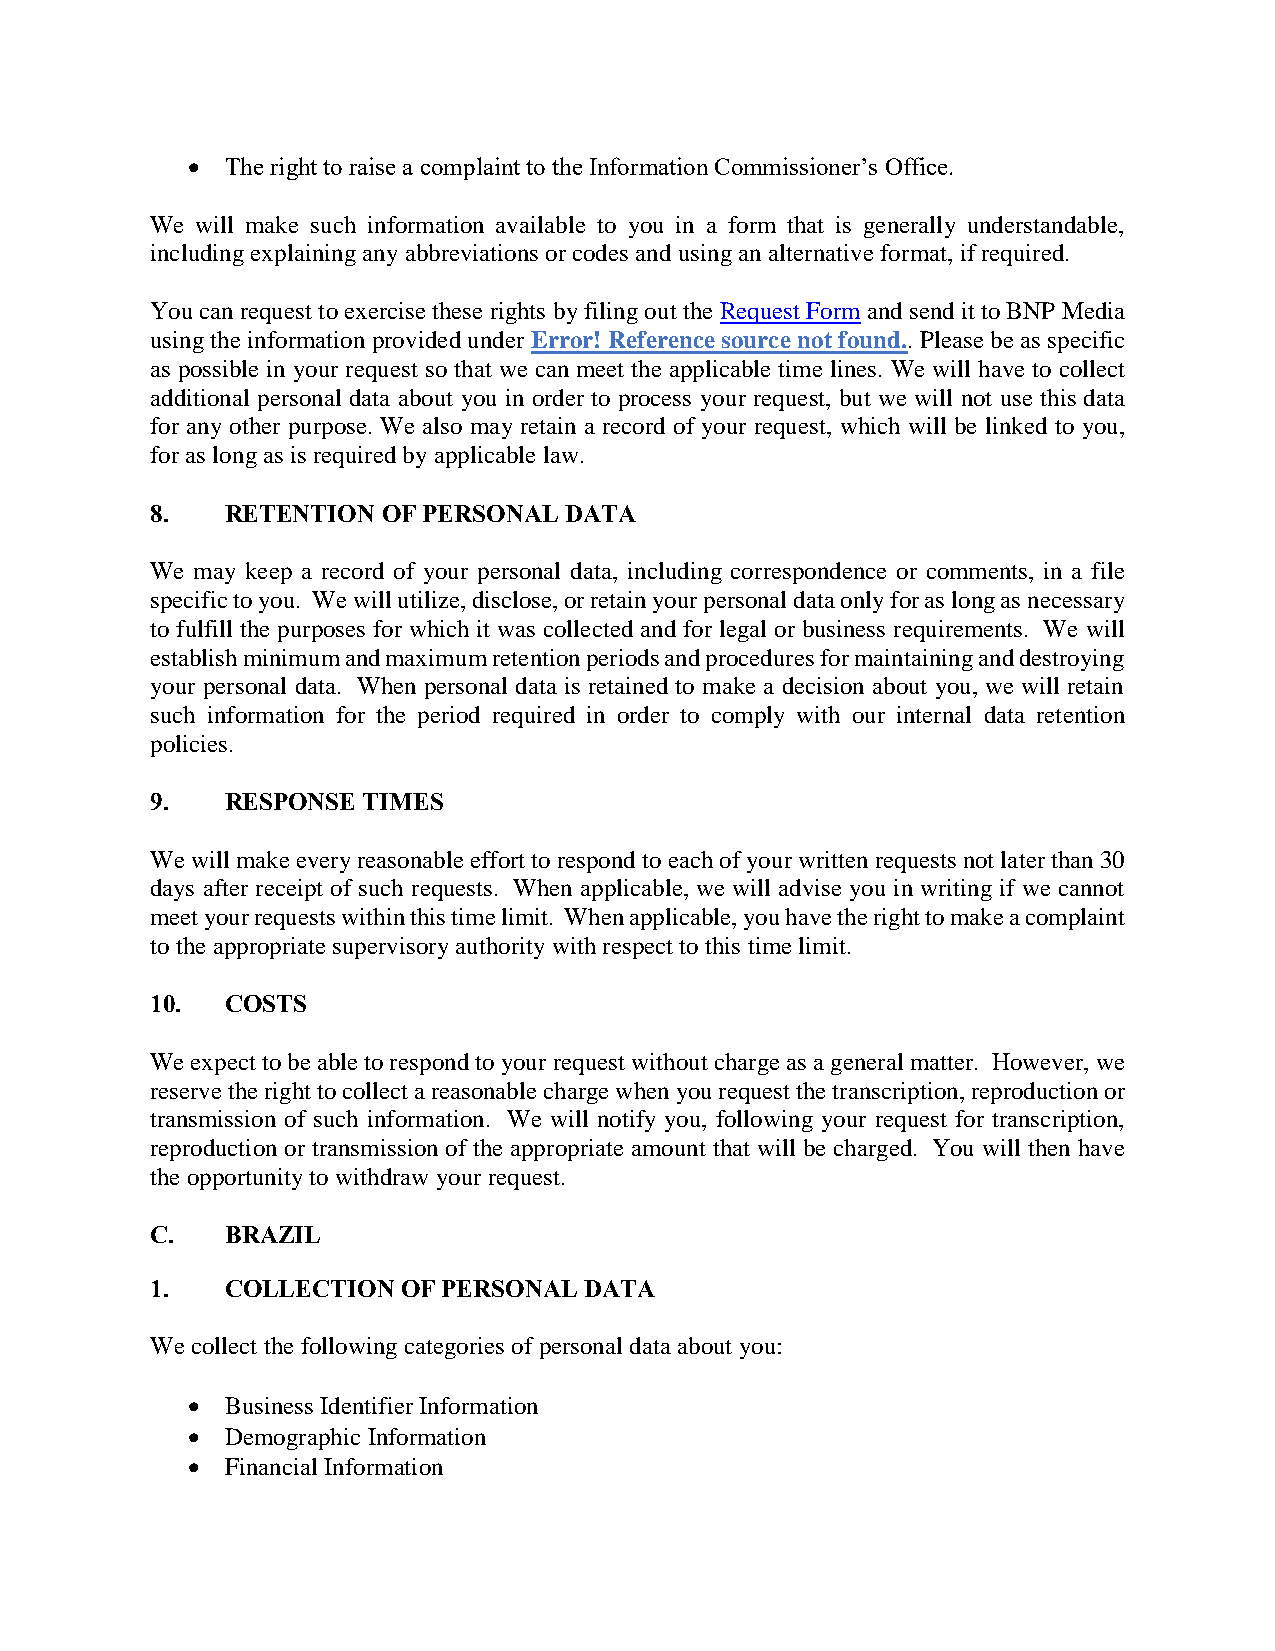
  The right to raise a complaint to the Information Commissioner’s Office.
 We will make such information available to you in a form that is generally understandable,
 including explaining any abbreviations or codes and using an alternative format, if required.
 You can request to exercise these rights by filing out the Request Form and send it to BNP Media
 using the information provided under Error! Reference source not found.. Please be as specific
 as possible in your request so that we can meet the applicable time lines. We will have to collect
 additional personal data about you in order to process your request, but we will not use this data
 for any other purpose. We also may retain a record of your request, which will be linked to you,
 for as long as is required by applicable law.
 8.   RETENTION OF PERSONAL DATA
 We may keep a record of your personal data, including correspondence or comments, in a file
 specific to you. We will utilize, disclose, or retain your personal data only for as long as necessary
 to fulfill the purposes for which it was collected and for legal or business requirements. We will
 establish minimum and maximum retention periods and procedures for maintaining and destroying
 your personal data. When personal data is retained to make a decision about you, we will retain
 such information for the period required in order to comply with our internal data retention
 policies.
 9.   RESPONSE TIMES
 We will make every reasonable effort to respond to each of your written requests not later than 30
 days after receipt of such requests. When applicable, we will advise you in writing if we cannot
 meet your requests within this time limit. When applicable, you have the right to make a complaint
 to the appropriate supervisory authority with respect to this time limit.
 10.  COSTS
 We expect to be able to respond to your request without charge as a general matter. However, we
 reserve the right to collect a reasonable charge when you request the transcription, reproduction or
 transmission of such information. We will notify you, following your request for transcription,
 reproduction or transmission of the appropriate amount that will be charged. You will then have
 the opportunity to withdraw your request.
 C.   BRAZIL
 1.   COLLECTION  OF PERSONAL DATA
 We collect the following categories of personal data about you:
   Business Identifier Information
   Demographic Information
   Financial Information